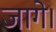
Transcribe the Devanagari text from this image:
जागे।